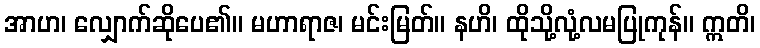
အာဟ၊ လျှောက်ဆိုပေ၏။ မဟာရာဇ၊ မင်းမြတ်။ နဟိ၊ ထိုသို့လုံ့လမပြုကုန်။ ဣတိ၊